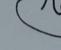
Signature authenticity: genuine